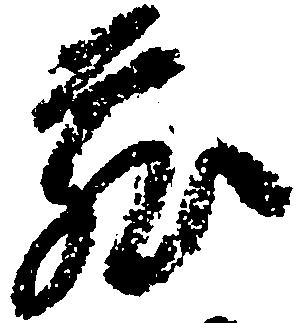
蔵